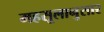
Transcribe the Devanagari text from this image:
महसूलानुसार